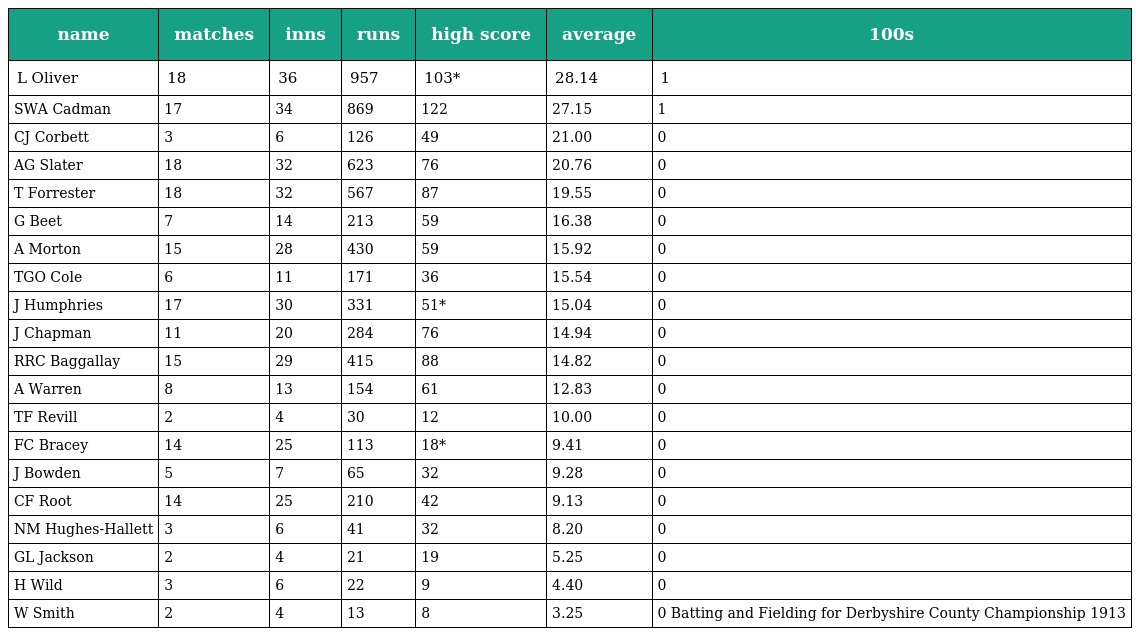
| name | matches | inns | runs | high score | average | 100s |
 | --- | --- | --- | --- | --- | --- | --- |
 | L Oliver | 18 | 36 | 957 | 103* | 28.14 | 1 |
 | SWA Cadman | 17 | 34 | 869 | 122 | 27.15 | 1 |
 | CJ Corbett | 3 | 6 | 126 | 49 | 21.00 | 0 |
 | AG Slater | 18 | 32 | 623 | 76 | 20.76 | 0 |
 | T Forrester | 18 | 32 | 567 | 87 | 19.55 | 0 |
 | G Beet | 7 | 14 | 213 | 59 | 16.38 | 0 |
 | A Morton | 15 | 28 | 430 | 59 | 15.92 | 0 |
 | TGO Cole | 6 | 11 | 171 | 36 | 15.54 | 0 |
 | J Humphries | 17 | 30 | 331 | 51* | 15.04 | 0 |
 | J Chapman | 11 | 20 | 284 | 76 | 14.94 | 0 |
 | RRC Baggallay | 15 | 29 | 415 | 88 | 14.82 | 0 |
 | A Warren | 8 | 13 | 154 | 61 | 12.83 | 0 |
 | TF Revill | 2 | 4 | 30 | 12 | 10.00 | 0 |
 | FC Bracey | 14 | 25 | 113 | 18* | 9.41 | 0 |
 | J Bowden | 5 | 7 | 65 | 32 | 9.28 | 0 |
 | CF Root | 14 | 25 | 210 | 42 | 9.13 | 0 |
 | NM Hughes-Hallett | 3 | 6 | 41 | 32 | 8.20 | 0 |
 | GL Jackson | 2 | 4 | 21 | 19 | 5.25 | 0 |
 | H Wild | 3 | 6 | 22 | 9 | 4.40 | 0 |
 | W Smith | 2 | 4 | 13 | 8 | 3.25 | 0 Batting and Fielding for Derbyshire County Championship 1913 |